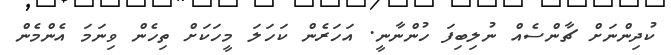
ކުދިންނަށް ޗާންސެއް ނުލިބިފަ ހުންނާނީ. އަހަރެން ކަހަލަ މީހަކަށް ތިހެން ވިނަމަ އެންމެން